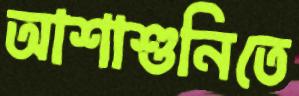
আশাশুনিতে